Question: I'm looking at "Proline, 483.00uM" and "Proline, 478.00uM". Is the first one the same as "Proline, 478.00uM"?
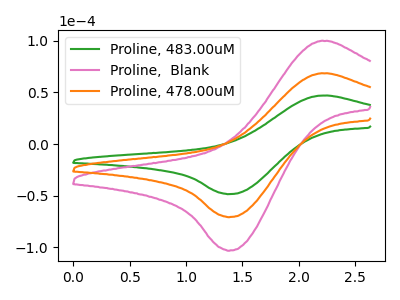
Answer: <think>The green curve "Proline, 483.00uM" has an anodic peak at (2.20V, 46.90uA) and a cathodic peak at (1.40V, -48.60uA). The pink curve "Proline,  Blank" has an anodic peak at (2.20V, 136.85uA) and a cathodic peak at (1.40V, -141.75uA). The orange curve "Proline, 478.00uM" has an anodic peak at (2.20V, 68.40uA) and a cathodic peak at (1.40V, -70.90uA).
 All the peaks in "Proline, 483.00uM" have a peak in "Proline, 478.00uM" at the same potential. Every peak in "Proline, 483.00uM" is lower than every peak in "Proline, 478.00uM".</think>
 <answer>"Proline, 483.00uM" and "Proline, 478.00uM" are similar in shape.</answer>
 <eval>same_shape</eval>